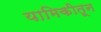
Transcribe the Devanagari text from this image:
यामिकीतून